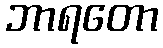
ဘာရတော